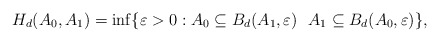
\begin{align*}H_d(A_0,A_1)=\inf\{\varepsilon>0: A_0\subseteq B_d(A_1,\varepsilon) \ \ A_1\subseteq B_d(A_0,\varepsilon)\},\end{align*}